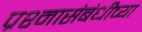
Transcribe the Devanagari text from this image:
प्रश्नासंबंधीच्या